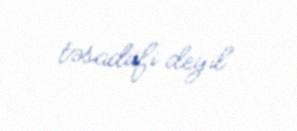
təsadüfi deyil.